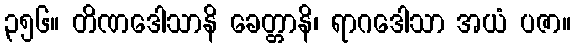
၃၅၆။ တိဏဒေါသာနိ ခေတ္တာနိ၊ ရာဂဒေါသာ အယံ ပဇာ။